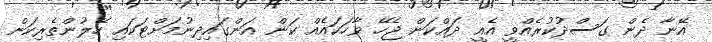
އޭނާ ދެން ގަސްދުކުރެއްވީ އެއީ ދައްކަން ޖެހޭ ވާހަކައެއް ކަން އަންގައިދިނުމަށްޓަކައި ހޭލުންތެރިކަން